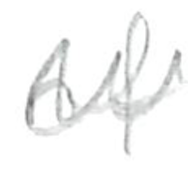
Text: of
Cross-out: mix
Writing tool: pencil